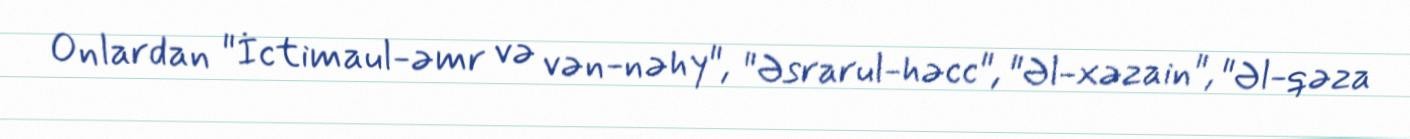
Onlardan "İctimaul-əmr və vən-nəhy", "Əsrarul-həcc", "Əl-xəzain", "Əl-qəza